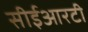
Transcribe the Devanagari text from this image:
सीईआरटी